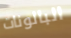
البالونات